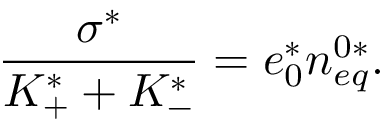
\frac { \sigma ^ { * } } { K _ { + } ^ { * } + K _ { - } ^ { * } } = e _ { 0 } ^ { * } n _ { e q } ^ { 0 * } .